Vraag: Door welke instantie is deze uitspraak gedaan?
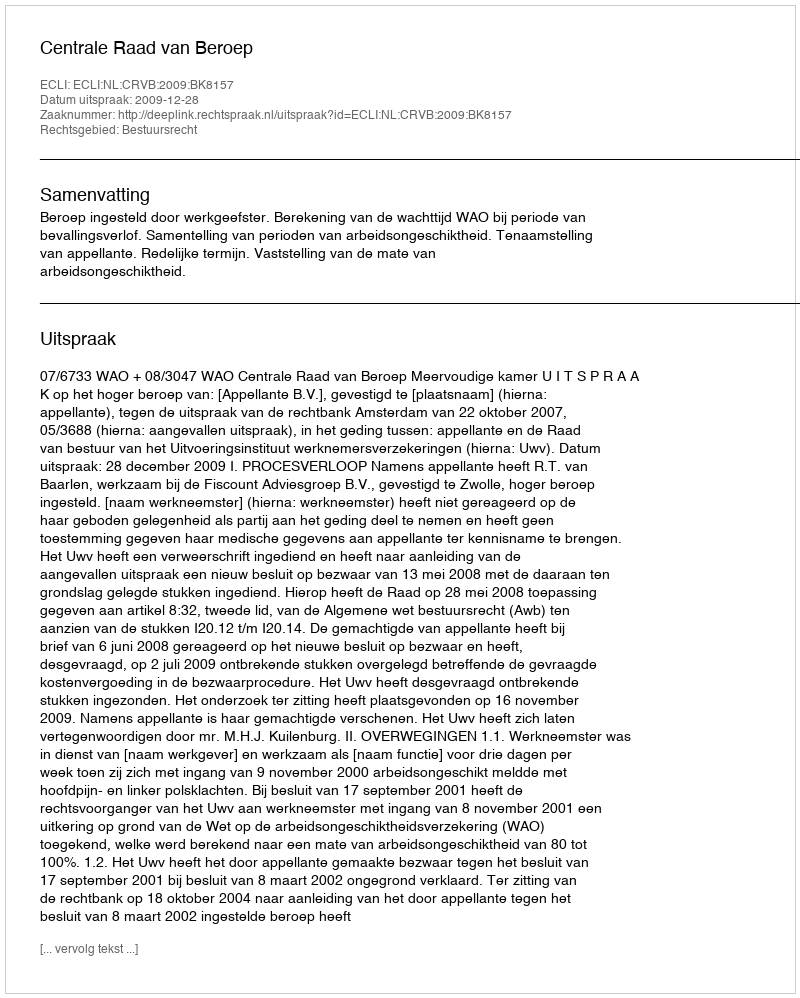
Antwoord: Centrale Raad van Beroep